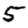
Digit: 5